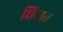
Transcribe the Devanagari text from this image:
धिटात